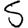
Digit: 5